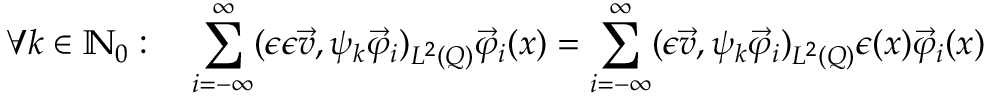
\forall k \in \mathbb N _ { 0 } : \quad \sum _ { i = - \infty } ^ { \infty } ( \epsilon \epsilon \vec { v } , \psi _ { k } \vec { \varphi } _ { i } ) _ { L ^ { 2 } ( Q ) } \vec { \varphi } _ { i } ( x ) = \sum _ { i = - \infty } ^ { \infty } ( \epsilon \vec { v } , \psi _ { k } \vec { \varphi } _ { i } ) _ { L ^ { 2 } ( Q ) } \epsilon ( x ) \vec { \varphi } _ { i } ( x )